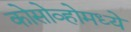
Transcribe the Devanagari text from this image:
कोसोव्होमध्ये